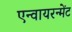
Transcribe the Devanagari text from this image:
एन्वायरन्मेंट